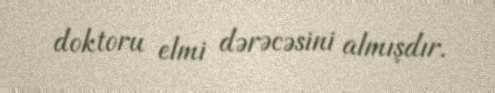
doktoru elmi dərəcəsini almışdır.